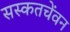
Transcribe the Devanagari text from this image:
सस्कतचेंवन